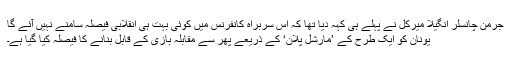
جرمن چانسلر انگیلا میرکل نے پہلے ہی کہہ دیا تھا کہ اس سربراہ کانفرنس میں کوئی بہت ہی انقلابی فیصلہ سامنے نہیں آئے گا
یونان کو ایک طرح کے ’مارشل پلان‘ کے ذریعے پھر سے مقابلہ بازی کے قابل بنانے کا فیصلہ کیا گیا ہے۔